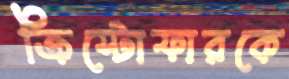
ক্রিস্টোফারকে